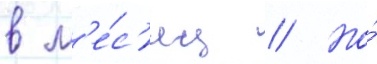
в м'е́с'яц // Но́